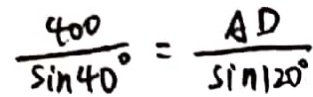
\frac { 4 0 0 } { \sin 4 0 ^ { \circ } } = \frac { A D } { \sin 1 2 0 ^ { \circ } }